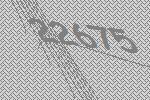
22675